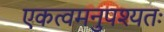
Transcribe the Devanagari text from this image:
एकत्वमनुपश्यतः